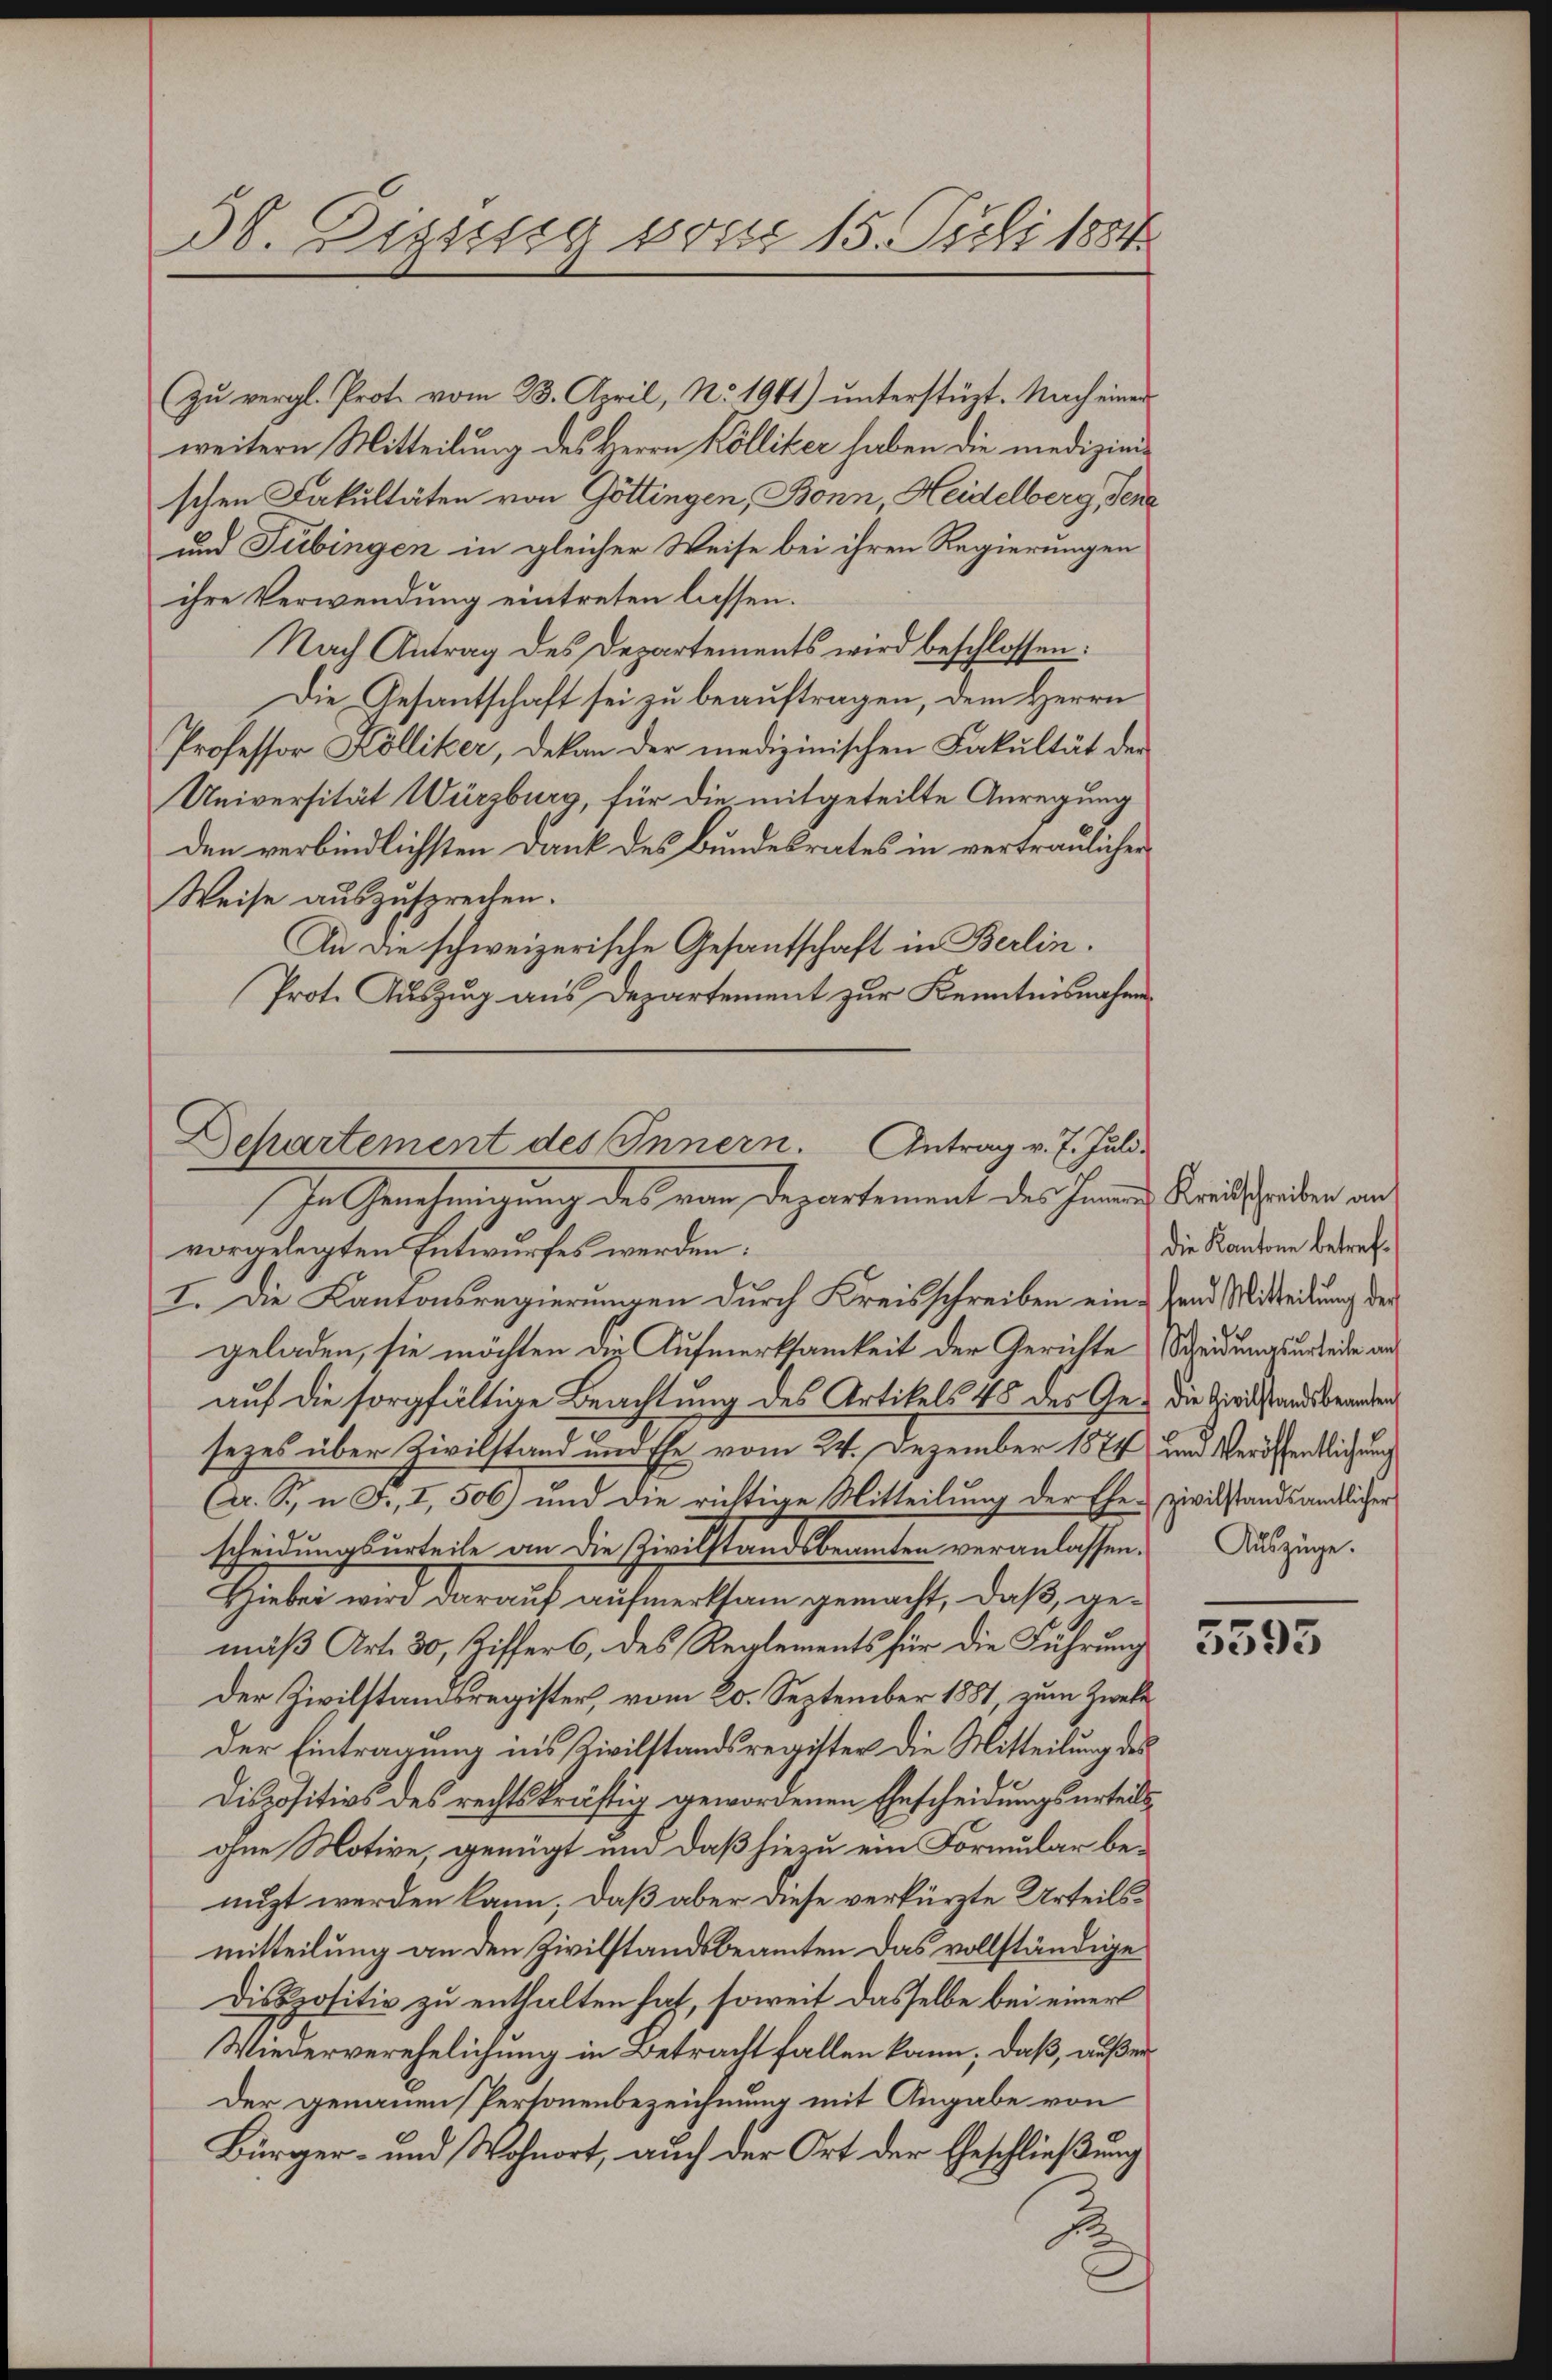
38. Dizssig 805. 15. Juli 1884.

zu vergl. Prot. vom 23. April, No. 1911) unterstüzt. Nach einer
weitern Mitteilung des Herrn Kölliker haben die medizinischen Fakultäten von Göttingen, Bonn, Heidelberg, Sena
und Tübingen in gleicher Weise bei ihren Regierungen
ihre Verwendung eintreten lassen.
Nach Antrag des Departements wird beschlossen:
Die Gesantschaft sei zu beauftragen, dem Herrn
Professor Kölliker, Dekan der medizinischen Fakultät der
Universität Würzburg, für die mitgeteilte Anregung
den verbindlichsten Dank des Bundesrates in vertraulicher
Weise auszusprechen.
An die schweizerische Gesantschaft in Berlin.
Prote Auszug aus Departement zur Kenntnisnahmen

Departement des Innern. Antrag v. 7. Juli-
In Genehmigung des von Departement des Herrn Kreischeiden an
vorgelegten Entwurfes werden:

I. Die Kantonsregierungen durch Kreisschreiben eine Hand Mitteilung der
geladen, sie möchten die Aufmerksamkeit der Gerichte Streidungsurteide an
auf die sorgfältige Beachtung des Artikels 48 des Ge- die Wird standsbeander
sezes über Zivilstand und Ehe vom 24. Dezember 1874 und Veröffentlichung
Cr. S., n. F., I, 506) und die richtige Mitteilung der Ehe- zivilstandsändlicher
scheidungsurteile an die Zivilstandsbeamten veranlassen.
Hiebei wird darauf aufmerksam gemacht, daß, gemäß Art. 30, Ziffers, des Reglements für die Führung
der Zivilstandsregister, vom 20. September 1881, zum Zweke
der Eintragung ins Zivilstandsregister die Mitteilung des
Dispositivs des rechtskräftig gewordenen Gescheidungsurteils
ohne Motive, genügt und daß hiezu ein Formular benuzt werden kann; daß aber diese verkürzte Urteilsmitteilung an den Zivilstandsbeamten das vollständige
Dispositiv zu enthalten hat, soweit dasselbe bei einer
Wiederverehelichung in Betracht fallen kann; daß, außer
Der genauen Personenbezeichnung mit Angabe von
Bürger- und Wohnort, auch der Ort der Geschließung
fr.

die Kantone betref¬
Auszüge.

5593